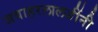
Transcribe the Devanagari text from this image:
जवाहरलालजींनी